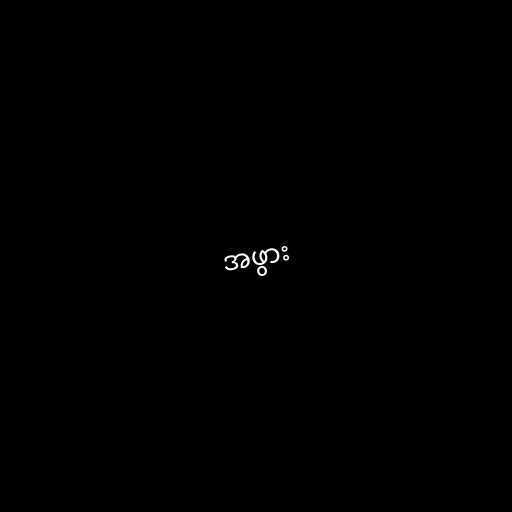
အဖွား